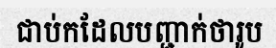
ជាប់កដែលបញ្ជាក់ថារូប